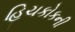
હિચકોકની